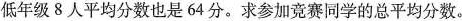
低年级8人平均分数也是64分。求参加竞赛同学的总平均分数。